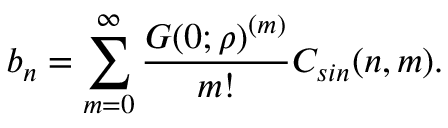
b _ { n } = \sum _ { m = 0 } ^ { \infty } \frac { G ( 0 ; \rho ) ^ { ( m ) } } { m ! } C _ { s i n } ( n , m ) .